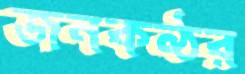
জনকণ্ঠর